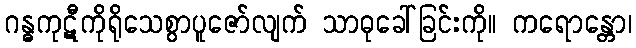
ဂန္ဓကုဋီကိုရိုသေစွာပူဇော်လျက် သာဓုခေါ်ခြင်းကို။ ကရောန္တော၊